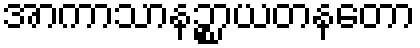
အာကာသာနဉ္စာယတနတော